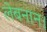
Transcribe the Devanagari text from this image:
लेबनान।